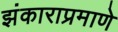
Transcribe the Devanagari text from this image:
झंकाराप्रमाणे